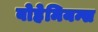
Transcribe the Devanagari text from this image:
बोहेमियन्स